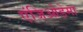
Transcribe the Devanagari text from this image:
एंजिओडेमा